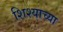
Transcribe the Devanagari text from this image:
शिश्याच्या